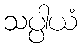
သပ္ပါယံ